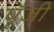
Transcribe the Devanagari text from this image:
पूॅंजी